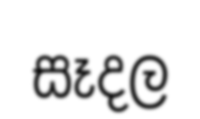
සෑදල